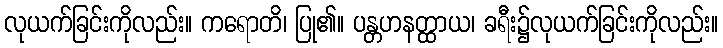
လုယက်ခြင်းကိုလည်း။ ကရောတိ၊ ပြု၏။ ပန္တဟနတ္ထာယ၊ ခရီး၌လုယက်ခြင်းကိုလည်း။